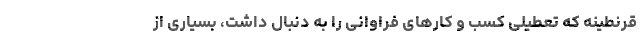
قرنطینه که تعطیلی کسب و کارهای فراوانی را به دنبال داشت، بسیاری از